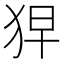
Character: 𤞋